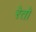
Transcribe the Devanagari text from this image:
रेतो